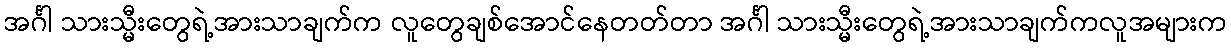
အင်္ဂါ သားသ္မီးတွေရဲ့အားသာချက်က လူတွေချစ်အောင်နေတတ်တာ အင်္ဂါ သားသ္မီးတွေရဲ့အားသာချက်ကလူအများက